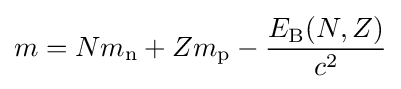
m=Nm_{\text{n}}+Zm_{\text{p}}-{\frac {E_{\text{B}}(N,Z)}{c^{2}}}